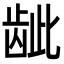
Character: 龇